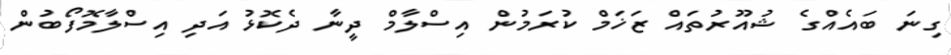
ގިނަ ބައެއްގެ ޝުއޫރުތައް ޒަޚަމް ކުރަމުން އިސްލާމް ދީނާ ދެކޮޅު އަދި އިސްލާމޮފޯބުން